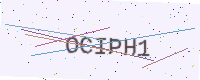
Text: OCIPH1